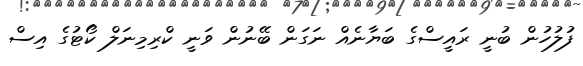
ފުލުހުން ބުނީ ރައީސްގެ ބަޔާނެއް ނަގަން ބޭނުން ވަނީ ކްރިމިނަލް ކޯޓުގެ އިސް